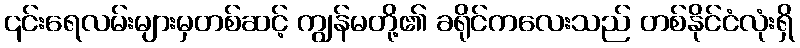
၎င်းရေလမ်းများမှတစ်ဆင့် ကျွန်မတို့၏ ခရိုင်ကလေးသည် တစ်နိုင်ငံလုံးရှိ